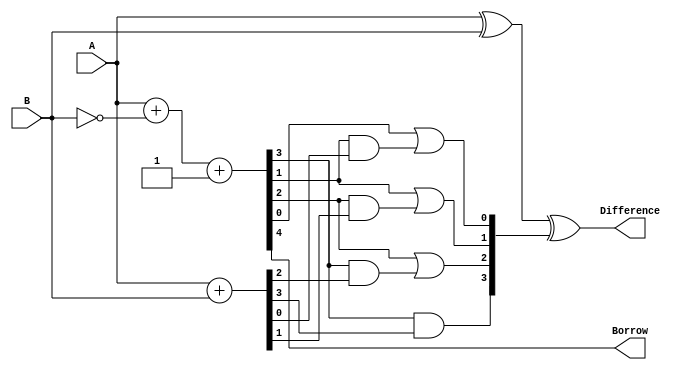
module CarryLookaheadSubtractor (
    input [3:0] A,
    input [3:0] B,
    output [3:0] Difference,
    output Borrow
);

wire [4:0] G,P,C;
wire [4:0] C_out;

// Calculate the generate (G) and propagate (P) signals
assign G = A + ~B + 1;
assign P = A + B;

// Calculate the carry lookahead logic
assign C = {G[3] & P[3], G[2] | (G[3] & P[2]), G[1] | (G[2] & P[1]), G[0] | (G[1] & P[0]), G[4]};

// Calculate the difference bits
assign Difference = A ^ B ^ C[4:1];

// Calculate the borrow output
assign Borrow = C[0];

endmodule